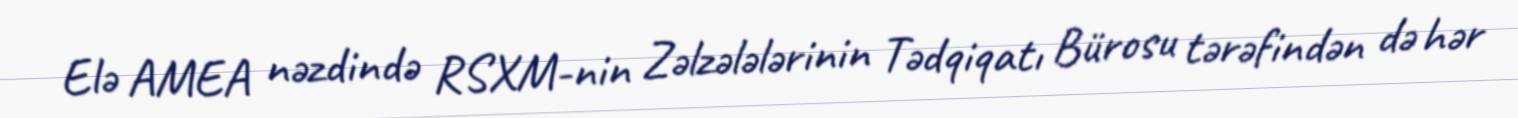
Elə AMEA nəzdində RSXM-nin Zəlzələlərinin Tədqiqatı Bürosu tərəfindən də hər